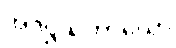
အဒိဋ္ဌသဟာယော